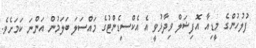
ފުލުހުންގެ މީޑިއާ އޮފިޝަލް ވިދާޅުވީ އެ އެކްސިޑެންޓުގެ މައްސަލަ ބަލަމުން އަންނަ ކަމަށެވެ.